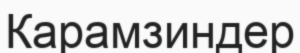
Карамзиндер